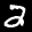
Label: 2